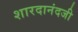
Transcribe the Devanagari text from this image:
शारदानंदजी